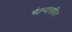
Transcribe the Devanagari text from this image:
चैतन्यासहित